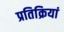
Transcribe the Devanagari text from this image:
प्रतिक्रियां